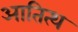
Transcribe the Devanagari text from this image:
आतित्थ